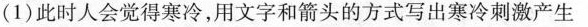
(1)此时人会觉得寒冷，用文字和箭头的方式写出寒冷刺激产生